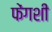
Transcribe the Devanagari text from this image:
फेंगशी